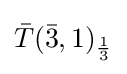
{\bar {T}}({\bar {3}},1)_{\frac {1}{3}}